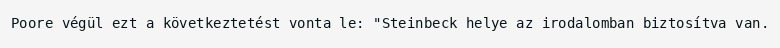
Poore végül ezt a következtetést vonta le: "Steinbeck helye az irodalomban biztosítva van.